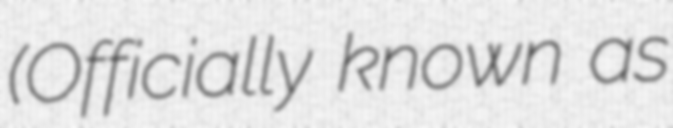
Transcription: (Officially known as